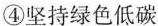
④坚持绿色低碳